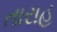
તારાહ